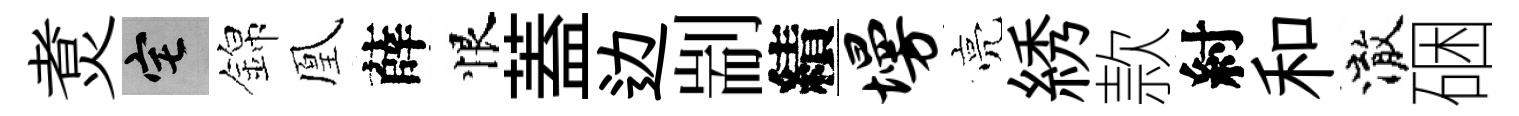
煑宅錦凰薛恨蓋边剬績墁亮綉款紂和澈硱